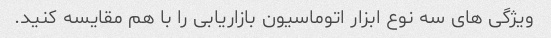
ویژگی های سه نوع ابزار اتوماسیون بازاریابی را با هم مقایسه کنید.